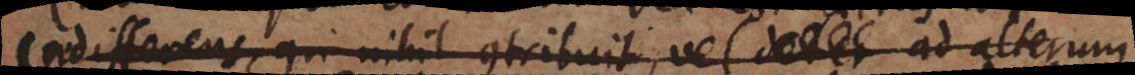
indifferens, qui nihil contribuit, vel ad alterum